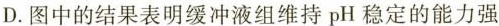
D.图中的结果表明缓冲液组维持pH稳定的能力强